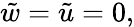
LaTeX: \tilde{w}=\tilde{u}=0,